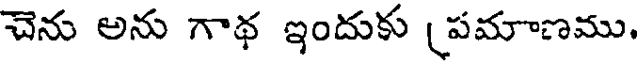
చెను అను గాథ ఇందుకు (పమాణము,